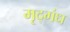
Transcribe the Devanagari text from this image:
मृद्‌गंध